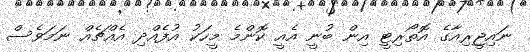
ނައިޖީރިއާގެ އޮތޯރިޓީ އިން ބުނީ އެއީ ކޮންމެ މީހަކު އުފެއްދި އެއްޗެއް ނަމަވެސް